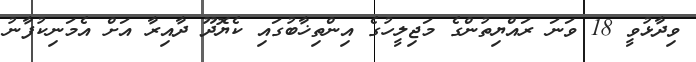
ވިދާޅުވީ 18 ވަނަ ރައްޔިތުންގެ މަޖިލީހުގެ އިންތިޚާބުގައި ކެޔޮދޫ ދާއިރާ އަށް އެމަނިކުފާނު